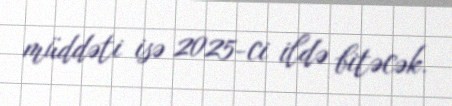
müddəti isə 2025-ci ildə bitəcək.